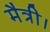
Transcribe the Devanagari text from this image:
मैत्री।